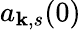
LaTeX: a_{\mathbf{k},s}(0)